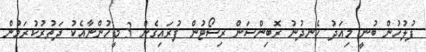
ފުލުހުން ބުނީ މިއަދު ހެނދުނު ރޮބިންސަން ރިސޯޓުން ފުރައިގެން 3 މީހުންނާއެކު ދަތުރުކުރަމުން